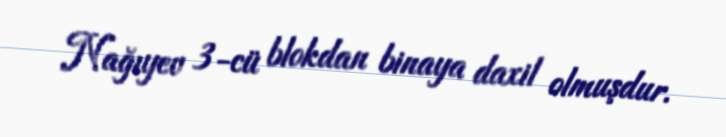
Nağıyev 3-cü blokdan binaya daxil olmuşdur.